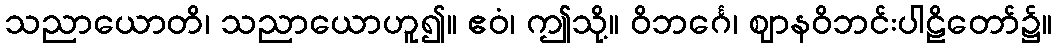
သညာယောတိ၊ သညာယောဟူ၍။ ဧဝံ၊ ဤသို့။ ဝိဘင်္ဂေ၊ ဈာနဝိဘင်းပါဠိတော်၌။